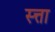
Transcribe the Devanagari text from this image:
स्त्ता